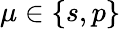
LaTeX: \mu\in\{ s,p\}